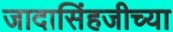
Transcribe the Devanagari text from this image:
जादासिंहजीच्या